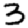
Digit: 3